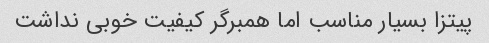
پیتزا بسیار مناسب اما همبرگر کیفیت خوبی نداشت